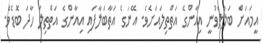
އީމައަށް ބަލާލެވުނީ އިއާންގެ އަތްތިލައަށެވެ. އޭނަގެ އަތާބަލާފައި އިއާންގެ އަތްތިލަ ހާދަ ބޮޑެވެ.